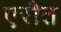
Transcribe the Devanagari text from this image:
एरौत